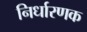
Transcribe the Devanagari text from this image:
निर्धारणक